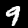
Label: 9